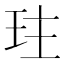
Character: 𤤛